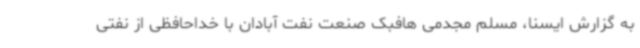
به گزارش ایسنا، مسلم مجدمی هافبک صنعت نفت آبادان با خداحافظی از نفتی